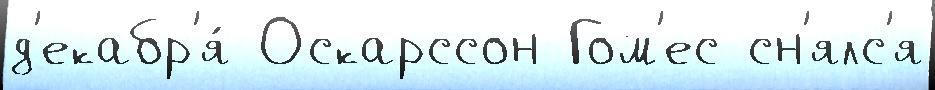
д'екабр'я́ Оскарссон Гом'ес сн'ялс'я